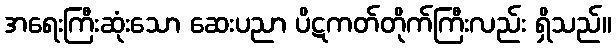
အရေးကြီးဆုံးသော ဆေးပညာ ပိဋကတ်တိုက်ကြီးလည်း ရှိသည်။